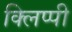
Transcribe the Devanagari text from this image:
क्लिप्पी